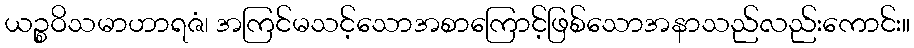
ယဉ္စဝိသမာဟာရဇံ၊ အကြင်မသင့်သောအစာကြောင့်ဖြစ်သောအနာသည်လည်းကောင်း။